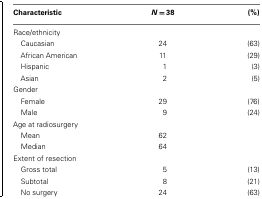
<table><thead><tr><td><b>Characteristic</b></td><td><b><i>N</i> = 38</b></td><td><b>(%)</b></td></tr></thead><tbody><tr><td>Race/ethnicity</td></tr><tr><td> Caucasian</td><td>24</td><td>(63)</td></tr><tr><td> African American</td><td>11</td><td>(29)</td></tr><tr><td> Hispanic</td><td>1</td><td>(3)</td></tr><tr><td> Asian</td><td>2</td><td>(5)</td></tr><tr><td>Gender</td></tr><tr><td> Female</td><td>29</td><td>(76)</td></tr><tr><td> Male</td><td>9</td><td>(24)</td></tr><tr><td>Age at radiosurgery</td></tr><tr><td> Mean</td><td>62</td><td></td></tr><tr><td> Median</td><td>64</td><td></td></tr><tr><td>Extent of resection</td></tr><tr><td> Gross total</td><td>5</td><td>(13)</td></tr><tr><td> Subtotal</td><td>8</td><td>(21)</td></tr><tr><td> No surgery</td><td>24</td><td>(63)</td></tr></tbody></table>